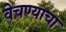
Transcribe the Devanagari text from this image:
वेचण्याचा